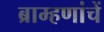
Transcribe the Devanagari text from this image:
ब्राम्हणांचें